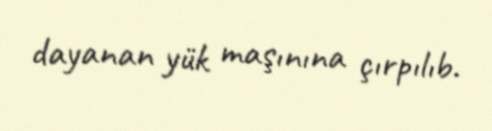
dayanan yük maşınına çırpılıb.